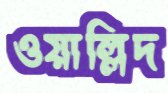
ওয়াল্লিদ